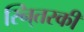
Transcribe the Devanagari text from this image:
स्नि्तस्की